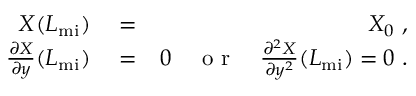
\begin{array} { r l r } { X ( L _ { \mathrm { m i } } ) } & { { } = } & { X _ { 0 } ~ , } \\ { \frac { \partial { X } } { \partial { y } } ( L _ { \mathrm { m i } } ) } & { { } = } & { 0 \quad \textrm { o r } \quad \frac { \partial ^ { 2 } { X } } { \partial { y ^ { 2 } } } ( L _ { \mathrm { m i } } ) = 0 ~ . } \end{array}